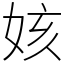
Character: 姟